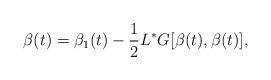
LaTeX: \begin{align*}\beta(t)=\beta_1(t)-\frac{1}{2}L^*G[\beta(t),\beta(t)],\end{align*}